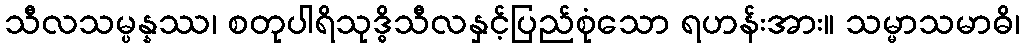
သီလသမ္ပန္နဿ၊ စတုပါရိသုဒ္ဓိသီလနှင့်ပြည်စုံသော ရဟန်းအား။ သမ္မာသမာဓိ၊